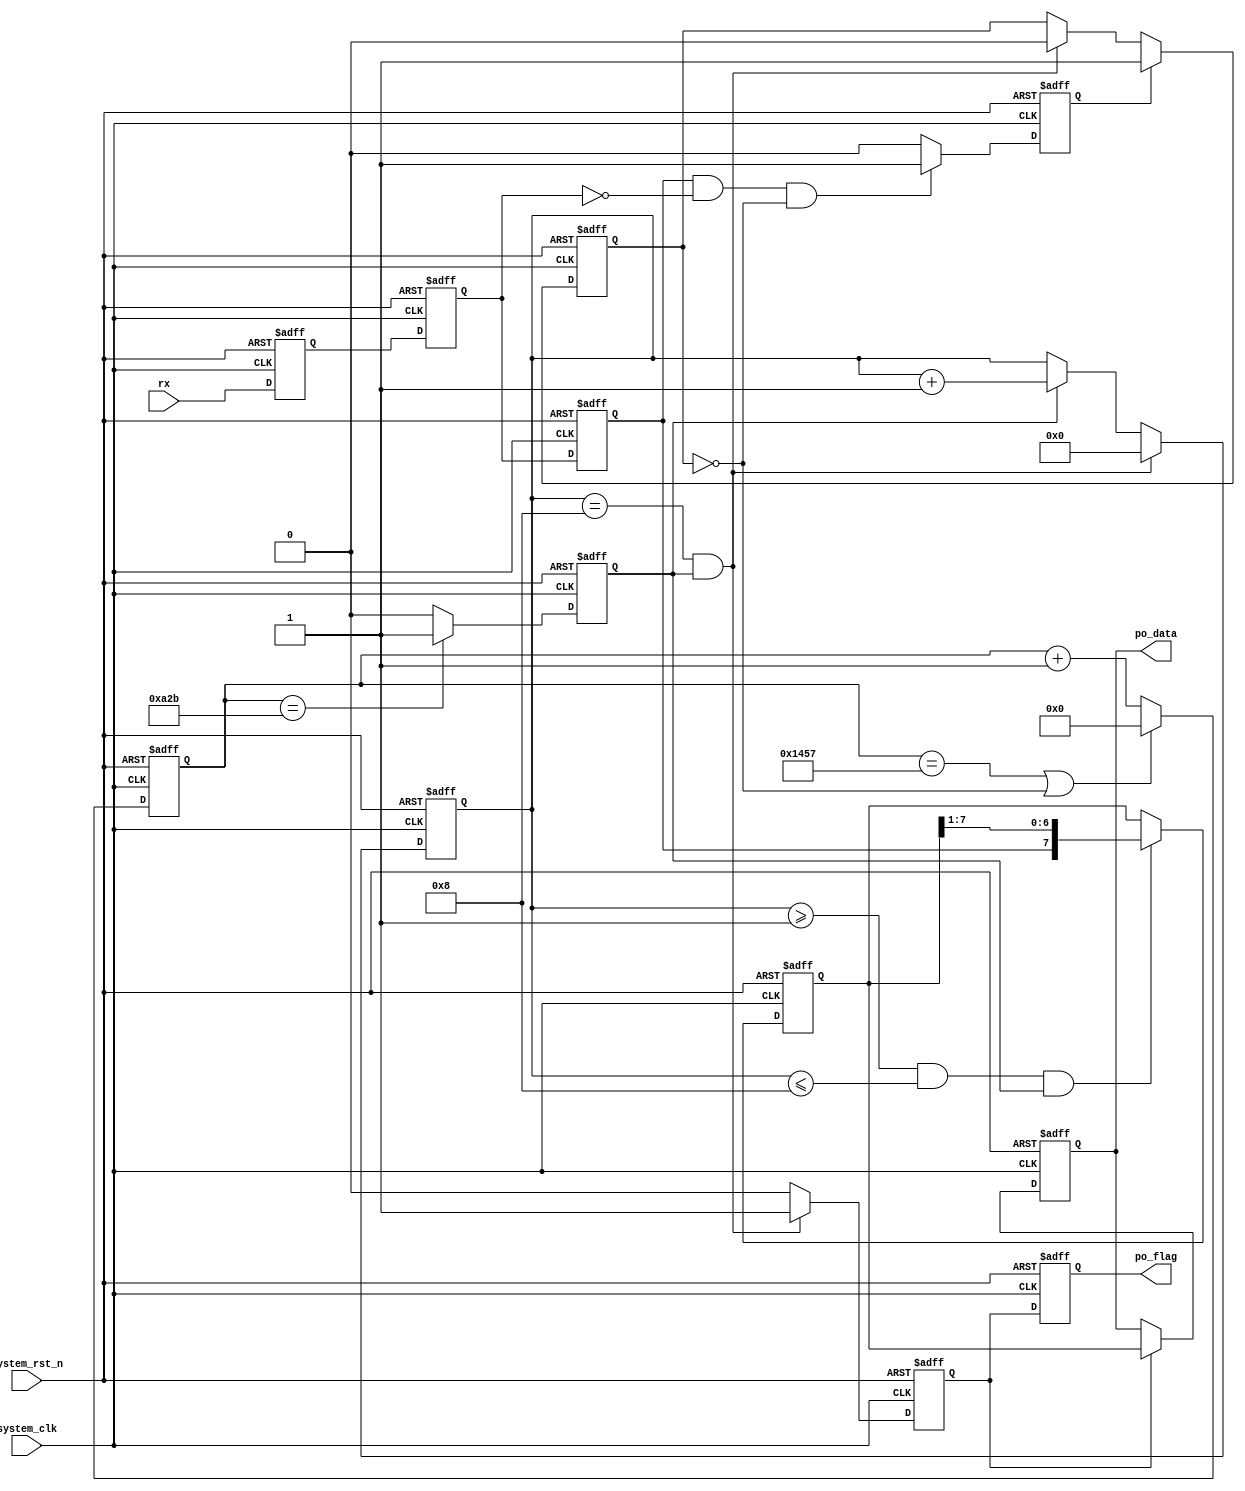
module rs232
#(
parameter    uart_bps='d9600,
parameter    clk_freq='d50000000
)
(
input wire   system_clk,
input wire   system_rst_n,
input wire   rx,

output reg   [7:0]po_data,
output reg   po_flag
);

parameter    BAUD_CNT_MAX=clk_freq/uart_bps;

reg   rx_reg1;
reg   rx_reg2;
reg   rx_reg3;
reg   start_flag;
reg   work_en;
reg   [15:0]baud_cnt;
reg   bit_flag;
reg   [3:0]bit_cnt;
reg   [7:0]rx_data;
reg   rx_flag;

always@(posedge system_clk or negedge system_rst_n)
    if (system_rst_n==1'b0)
	    rx_reg1<=1'b1;
    else
	    rx_reg1<=rx;

always@(posedge system_clk or negedge system_rst_n)
    if (system_rst_n==1'b0)
	    rx_reg2<=1'b1;
    else
	    rx_reg2<=rx_reg1;

always@(posedge system_clk or negedge system_rst_n)
    if (system_rst_n==1'b0)
	    rx_reg3<=1'b1;
    else
	    rx_reg3<=rx_reg2;
		
always@(posedge system_clk or negedge system_rst_n)
    if (system_rst_n==1'b0)
	    start_flag<=1'b0;
	else if((rx_reg3==1'b1)&&(rx_reg2==1'b0)&&(work_en==1'b0))
	    start_flag<=1'b1;
    else
	    start_flag<=1'b0;
		
always@(posedge system_clk or negedge system_rst_n)
    if (system_rst_n==1'b0)
	    work_en<=1'b0;
	else if (start_flag==1'b1)
	    work_en<=1'b1;
	else if ((bit_cnt==4'd8)&&(bit_flag==1'b1))
	    work_en<=1'b0;
	else
	    work_en<=work_en;
		
always@(posedge system_clk or negedge system_rst_n)
    if (system_rst_n==1'b0)
	    baud_cnt<=16'd0;
	else if ((baud_cnt==BAUD_CNT_MAX-1)||(work_en==1'b0))
	    baud_cnt<=16'd0;
	else
	    baud_cnt<=baud_cnt+1'b1;
	
always@(posedge system_clk or negedge system_rst_n)
    if (system_rst_n==1'b0)
	    bit_flag<=1'b0;
    else if (baud_cnt==BAUD_CNT_MAX/2-1)
	    bit_flag<=1'b1;
	else
	    bit_flag<=1'b0;

always@(posedge system_clk or negedge system_rst_n)
    if (system_rst_n==1'b0)
	    bit_cnt<=4'd0;
	else if ((bit_cnt==4'd8)&&(bit_flag==1'b1))
	    bit_cnt<=4'd0;
	else if (bit_flag==1'b1)
	    bit_cnt<=bit_cnt+1'b1;
		
always@(posedge system_clk or negedge system_rst_n)
    if (system_rst_n==1'b0)
	    rx_data<=8'd0;
	else if((bit_cnt>=4'd1)&&(bit_cnt<=4'd8)&&(bit_flag==1'b1))
	    rx_data={rx_reg3,rx_data[7:1]};
		
always@(posedge system_clk or negedge system_rst_n)
    if (system_rst_n==1'b0)
	    rx_flag<=1'b0;
	else if ((bit_cnt==4'd8)&&(bit_flag==1'b1))
	    rx_flag<=1'b1;
    else
	    rx_flag<=1'b0;

always@(posedge system_clk or negedge system_rst_n)
    if (system_rst_n==1'b0)
        po_data<=8'd0;
    else if (rx_flag==1'b1)
        po_data<=rx_data;

always@(posedge system_clk or negedge system_rst_n)
    if (system_rst_n==1'b0)
	    po_flag<=1'b0;
	else
	    po_flag<=rx_flag;
endmodule